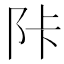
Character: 𲉋